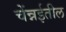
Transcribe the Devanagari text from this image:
चेंन्नईतील